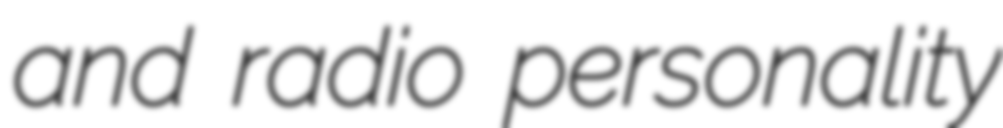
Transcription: and radio personality